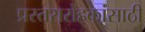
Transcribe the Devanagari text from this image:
प्रस्तरारोहकांसाठी